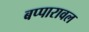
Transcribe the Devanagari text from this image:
बप्पारावल